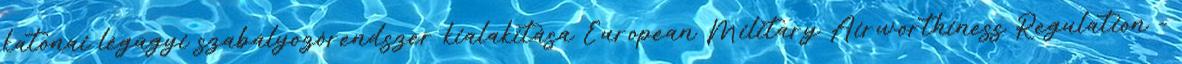
katonai légügyi szabályozórendszer kialakítása European Military Airworthiness Regulation –